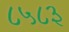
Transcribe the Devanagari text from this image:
८५८३